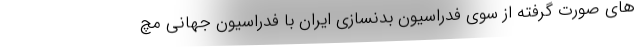
های صورت گرفته از سوی فدراسیون بدنسازی ایران با فدراسیون جهانی مچ